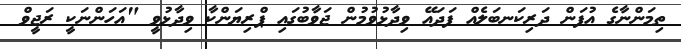
ތިމަންނާގެ އުފަން ދަރިކަނބަލެއް ފަދައޭ ވިދާޅުވުމުން ޖަވާބުގައި ޕްރިޔަންކާ ވިދާޅުވީ "އަހަންނަކީ ރަޖީވް